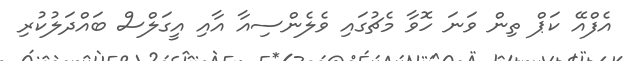
އެފްއޭ ކަޕް ތިން ވަނަ ހޮވާ މެޗުގައި ވެލެންސިއާ އާއި އީގަލްސް ބައްދަލުކުރި